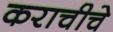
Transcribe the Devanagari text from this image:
कराचीचे